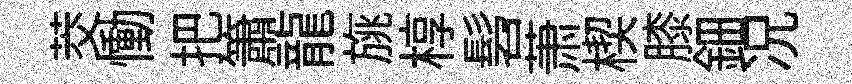
茭慟把簫龍旐椁髫萧楔膝鈿况